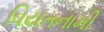
વિયતનામી